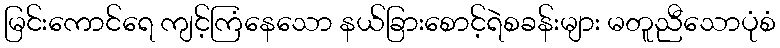
မြင်းကောင်ရေ ကျင့်ကြံနေသော နယ်ခြားစောင့်ရဲစခန်းများ မတူညီသောပုံစံ